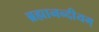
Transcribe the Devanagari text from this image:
ब्रह्मानन्दीयम्